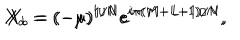
LaTeX: X _ { a } = ( - \mu ) ^ { 1 / N } e ^ { i \pi ( M + L + 1 ) / N } , \hspace { 3 m m } X _ { b } = ( - \mu ) ^ { 1 / N } e ^ { i \pi ( M - L - 1 ) / N } ,